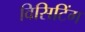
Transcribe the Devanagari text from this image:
विसिटिंग